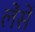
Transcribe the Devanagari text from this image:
लेंसें